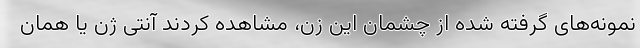
نمونه‌های گرفته شده از چشمان این زن، مشاهده کردند آنتی ژن یا همان